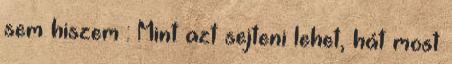
sem hiszem : Mint azt sejteni lehet, hát most